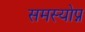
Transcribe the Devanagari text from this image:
समस्योप्न